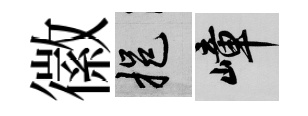
徽挹嶂